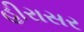
હીરાસર